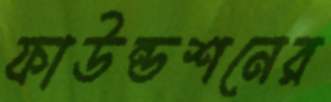
ফাউন্ডশনের